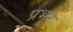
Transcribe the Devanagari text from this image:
प्रभूर